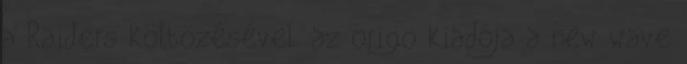
a Raiders költözésével. az origo kiadója a new wave